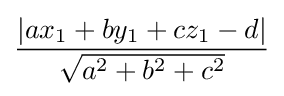
{\dfrac {\left|ax_{1}+by_{1}+cz_{1}-d\right|}{\sqrt {a^{2}+b^{2}+c^{2}}}}